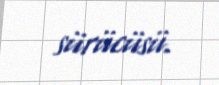
sürücüsü.